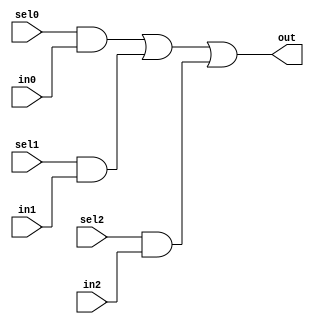
////////////////////////////////////////////////////////////////////////////////
// Company     : XnonymouX
//
// Filename    : mux3
// Description : 3:1 parallel mux.
//
// History     : Initial 	
//
////////////////////////////////////////////////////////////////////////////////

module mux3
    (
    sel0,
    in0,
    //-------------------
    sel1,
    in1,
    //-------------------
    sel2,
    in2,
    //-------------------
    out
    );

//------------------------------------------------------------------------------
//Parameters
parameter DW = 1'b1;
//------------------------------------------------------------------------------
// Port declarations
input               sel0;
input [DW-1:0]	    in0;
//
input               sel1;
input [DW-1:0]	    in1;
//
input               sel2;
input [DW-1:0]	    in2;
//
output [DW-1:0]	    out;
//------------------------------------------------------------------------------
//internal signal

//------------------------------------------------------------------------------
//Logic
assign out = ({DW{sel0}} & in0) |
             ({DW{sel1}} & in1) |
             ({DW{sel2}} & in2);

endmodule